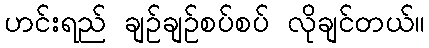
ဟင်းရည် ချဉ်ချဉ်စပ်စပ် လိုချင်တယ်။